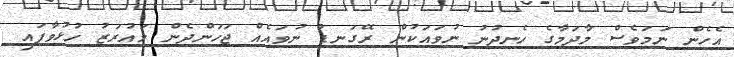
އެހެން ނަމަވެސް މާދަމާގެ ހެނދުނު ނުވައަަކުން ރޭގަނޑު ނުވައެއް ޖަހަންދެން މައުރަޒު ހުޅުވާފައި